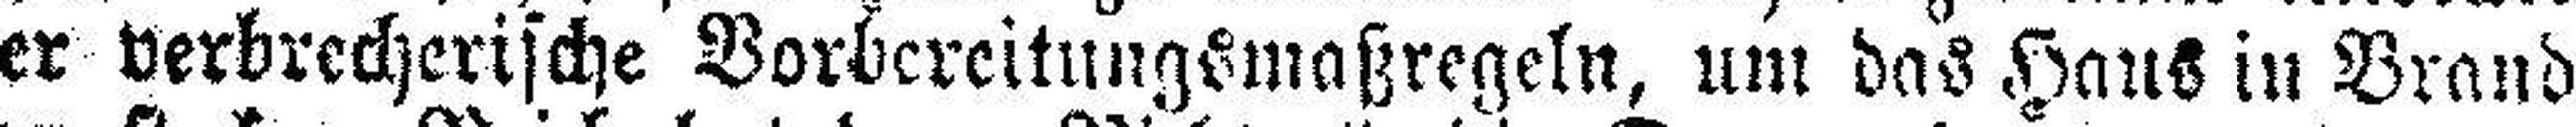
er verbrecherische Vorbereitungsmaßregeln, um das Haus in Brand